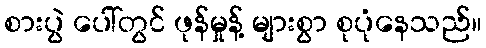
စားပွဲ ပေါ်တွင် ဖုန်မှုန့် များစွာ စုပုံနေသည်။